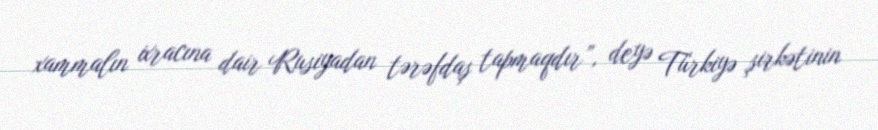
xammalın ixracına dair Rusiyadan tərəfdaş tapmaqdır”, deyə Türkiyə şirkətinin